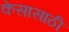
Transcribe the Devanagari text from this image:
केसासाठी